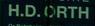
h.d.orth